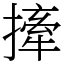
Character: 撁